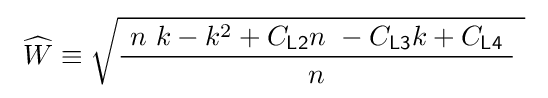
\ {\widehat {W}}\equiv {\sqrt {{\frac {\ n\ k-k^{2}+C_{\mathsf {L2}}n\ -C_{\mathsf {L3}}k+C_{\mathsf {L4}}\ }{n}}~}}\